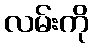
လမ်းကို